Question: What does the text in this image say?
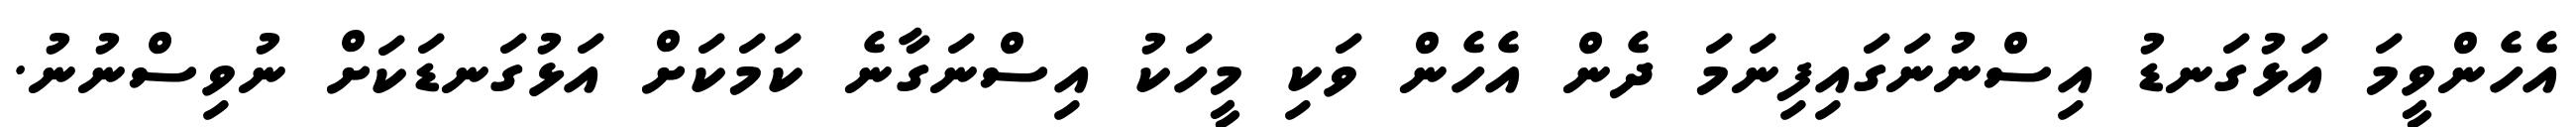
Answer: އެހެންވީމަ އަޅުގަނޑު އިސްނުނަގައިފިނަމަ ދެން އެހެން ވަކި މީހަކު އިސްނަގާނެ ކަމަކަށް އަޅުގަނޑަކަށް ނުވިސްނުނު.